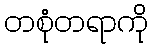
တစုံတရာကို